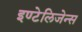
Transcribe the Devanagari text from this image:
इण्टेलिजेन्स